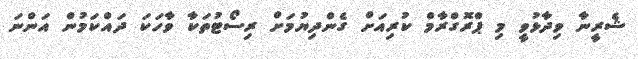
ޝެރީނާ ވިދާޅުވީ މި ޕްރޮގްރާމް ކުރިއަށް ގެންދިޔުމަށް ރިސޯޓުތަކާ ވާހަކަ ދައްކަމުން އަންނަ